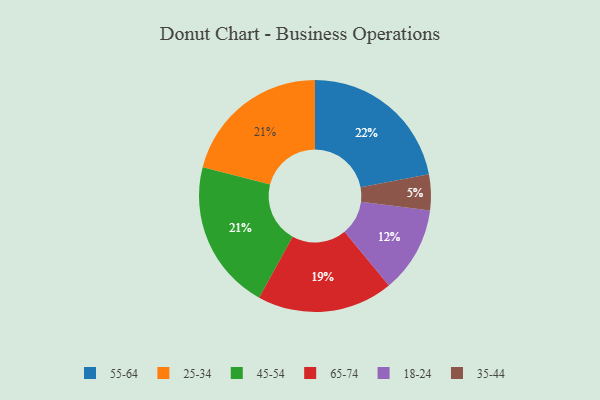
{"axis": {"x": "Category", "y": "Percentage"}, "legend": ["18-24", "25-34", "35-44", "45-54", "55-64", "65-74"], "data": [{"x": "25-34", "y": 21, "type": "25-34"}, {"x": "35-44", "y": 5, "type": "35-44"}, {"x": "55-64", "y": 22, "type": "55-64"}, {"x": "45-54", "y": 21, "type": "45-54"}, {"x": "65-74", "y": 19, "type": "65-74"}, {"x": "18-24", "y": 12, "type": "18-24"}]}